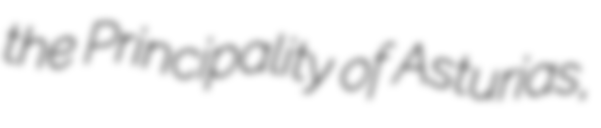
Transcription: the Principality of Asturias,